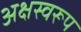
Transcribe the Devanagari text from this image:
अक्षस्वरूप